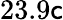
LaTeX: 23.9\mathsf{c}